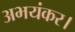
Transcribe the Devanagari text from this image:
अभयंकर।